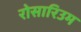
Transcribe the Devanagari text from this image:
रोसारिउम